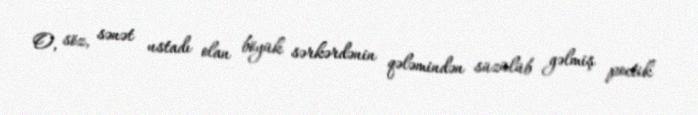
O, söz, sənət ustadı olan böyük sərkərdənin qələmindən süzülüb gəlmiş poetik